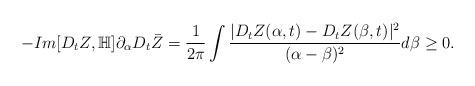
LaTeX: \begin{align*}-Im[D_tZ,\mathbb{H}]\partial_{\alpha}D_t\bar{Z}=\frac{1}{2\pi}\int \frac{|D_tZ(\alpha,t)-D_tZ(\beta,t)|^2}{(\alpha-\beta)^2}d\beta\geq 0.\end{align*}